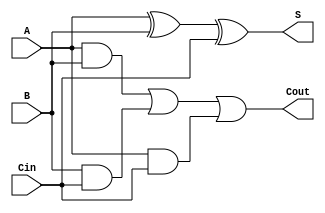
`timescale 1ns / 1ps
`default_nettype none

module full_adder(S, Cout, A, B, Cin);

    //Declare output variables
    output wire S;
    output wire Cout;
    
    //declare input wires
    input wire A, B, Cin;
    
    //declare internal wires
    wire andBCin, andACin;
    wire andAB;
    
    assign #6 S = A ^ B ^ Cin; // the hat (^) is XOR
    assign #4 andAB = A & B; // stores A and B int andAB
    assign #4 andACin = A & Cin;
    assign #4 andBCin = B & Cin;
    assign #6 Cout = andAB | andBCin | andACin; //returns the Cout
    
endmodule // end